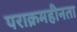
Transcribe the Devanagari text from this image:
पराक्रमहीनता